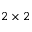
2 \times 2